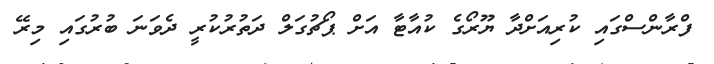
ފްރާންސްގައި ކުރިއަށްދާ ޔޫރޯގެ ކުއާޓާ އަށް ޕޯޗުގަލް ދަތުރުކުރީ ދެވަނަ ބުރުގައި މިރޭ